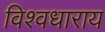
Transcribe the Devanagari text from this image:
विश्वधाराय